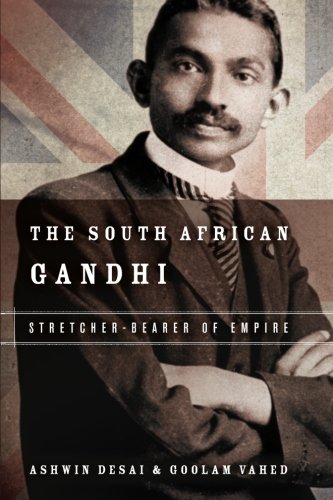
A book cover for The South African Gandhi: Stretcher-Bearer of Empire (South Asia in Motion); Ashwin Desai; Biographies & Memoirs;